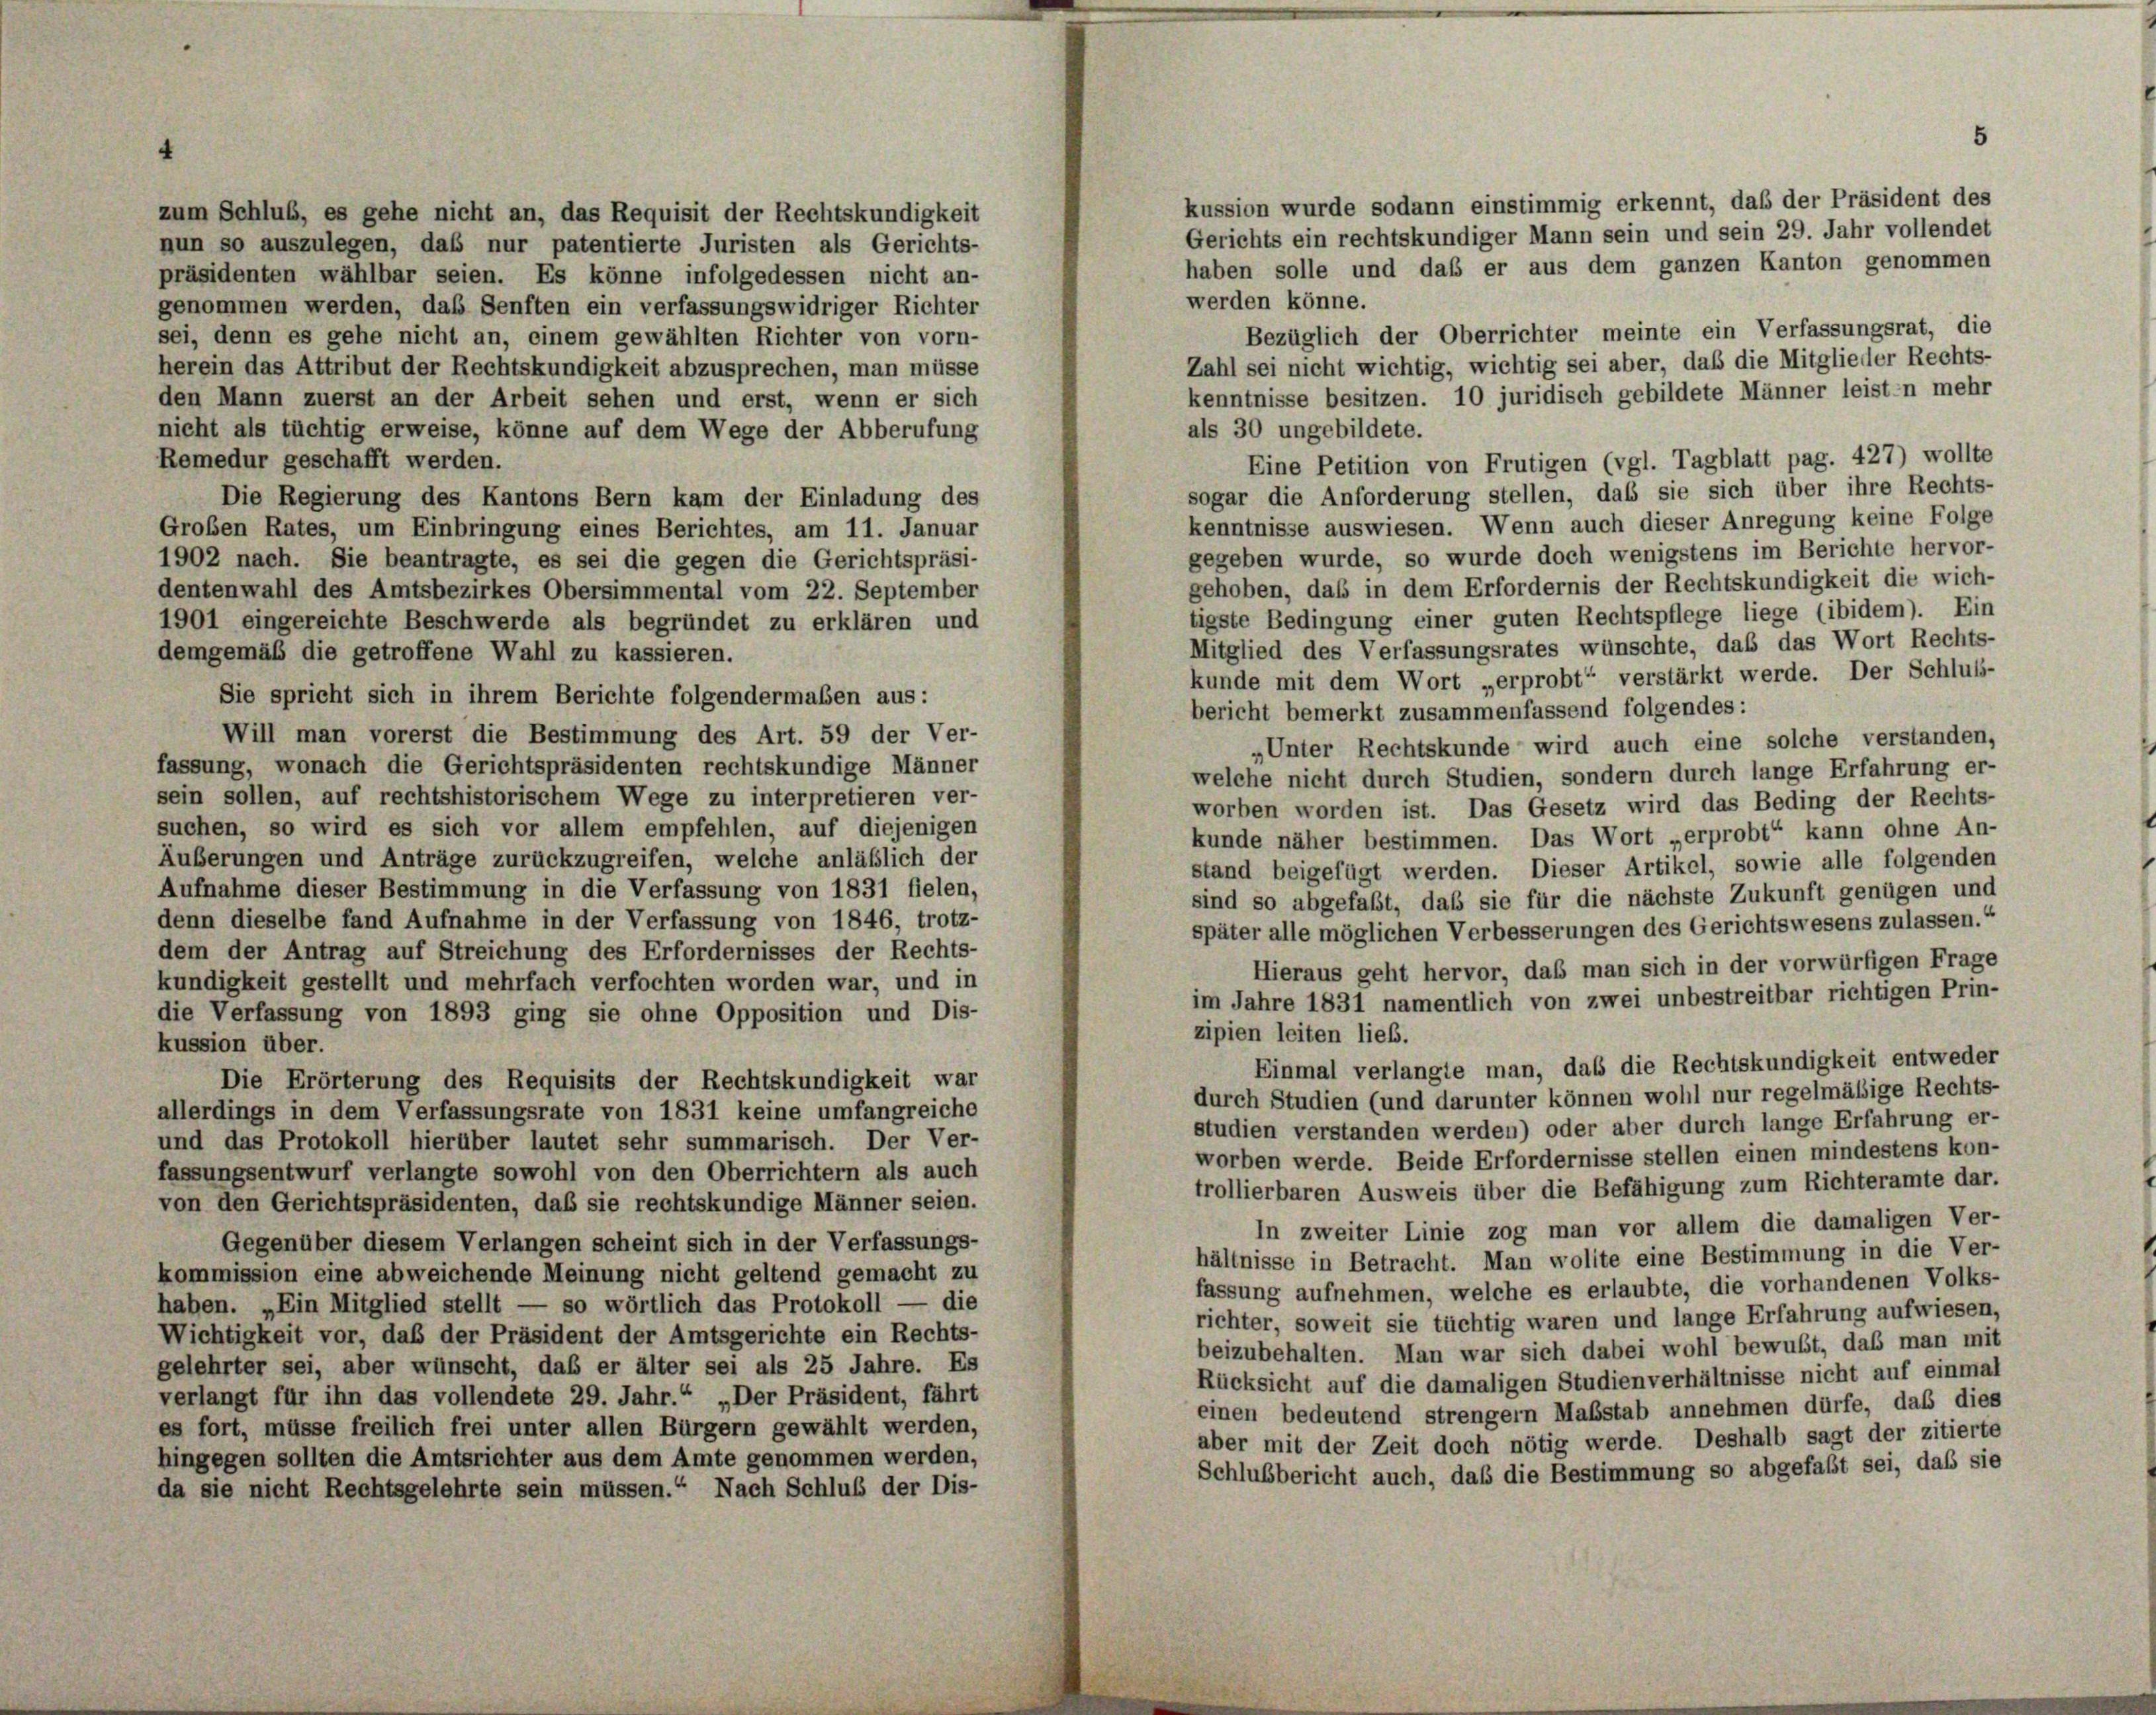
zum Schluß, es gehe nicht an, das Requisit der Rechtskundigkeit
nun so auszulegen, daß nur patentierte Juristen als Gerichts-

Gerichts ein rechtskundiger Mann sein und sein 29. Jahr vollendet
haben solle und daß er aus dem ganzen Kanton genommen
präsidenten wählbar seien. Es könne infolgedessen nicht an-
werden könne.
genommen werden, das Senften ein verfassungswidriger Richter
Bezüglich der Oberrichter meinte ein Verfassungsrat, die
sei, denn es gehe nicht an, einem gewählten Richter von vorn-
Zahl sei nicht wichtig, wichtig sei aber, daß die Mitglieder Rechts-
herein das Attribut der Rechtskundigkeit abzusprechen, man müsse
kenntnisse besitzen. 10 juridisch gebildete Männer leisten mehr
den Mann zuerst an der Arbeit sehen und erst, wenn er sich
als 30 ungebildete.
nicht als tüchtig erweise, könne auf dem Wege der Abberufung
Remedur geschafft werden.
Eine Petition von Frutigen (vgl. Tagblatt pag. 427) wollte
sogar die Anforderung stellen, daß sie sich über ihre Rechts-
Die Regierung des Kantons Bern kam der Einladung des
kenntnisse auswiesen. Wenn auch dieser Anregung keine Folge
Großen Rates, um Einbringung eines Berichtes, am 11. Januar
gegeben wurde, so wurde doch wenigstens im Berichte hervor-
1902 nach. Sie beantragte, es sei die gegen die Gerichtspräsi-
gehoben, daß in dem Erfordernis der Rechtskundigkeit die wich-
dentenwahl des Amtsbezirkes Obersimmental vom 22. September
tigste Bedingung einer guten Rechtspflege liege (ibidem). Ein
1901 eingereichte Beschwerde als begründet zu erklären und
Mitglied des Verfassungsrates wünschte, daß das Wort Rechts-
demgemäß die getroffene Wahl zu kassieren.
kunde mit dem Wort „erprobt“ verstärkt werde. Der Schluß-
Sie spricht sich in ihrem Berichte folgendermaßen aus:
bericht bemerkt zusammenfassend folgendes:
Will man vorerst die Bestimmung des Art. 59 der Ver-
„Unter Rechtskunde wird auch eine solche verstanden,
fassung, wonach die Gerichtspräsidenten rechtskundige Männer
welche nicht durch Studien, sondern durch lange Erfahrung er-
sein sollen, auf rechtshistorischem Wege zu interpretieren ver-
worben worden ist. Das Gesetz wird das Beding der Rechts-
suchen, so wird es sich vor allem empfehlen, auf diejenigen
kunde näher bestimmen. Das Wort „erprobt“ kann ohne An-
Äußerungen und Anträge zurückzugreifen, welche anläßlich der
stand beigefügt werden. Dieser Artikel, sowie alle folgenden
Aufnahme dieser Bestimmung in die Verfassung von 1831 fielen,
sind so abgefaßt, daß sie für die nächste Zukunft genügen und
denn dieselbe fand Aufnahme in der Verfassung von 1846, trotz-
später alle möglichen Verbesserungen des Gerichtswesens zulassen.“
dem der Antrag auf Streichung des Erfordernisses der Rechts-
Hieraus geht hervor, daß man sich in der vorwürfigen Frage
kundigkeit gestellt und mehrfach verfochten worden war, und in
im Jahre 1831 namentlich von zwei unbestreitbar richtigen Prin-
die Verfassung von 1893 ging sie ohne Opposition und Dis-
zipien leiten lieb.
kussion über.
Einmal verlangte man, daß die Rechtskundigkeit entweder
Die Erörterung des Requisits der Rechtskundigkeit war
durch Studien (und darunter können wohl nur regelmäßige Rechts-
allerdings in dem Verfassungsrate von 1831 keine umfangreiche
studien verstanden werden) oder aber durch lange Erfahrung er-
und das Protokoll hierüber lautet sehr summarisch. Der Ver-
worben werde. Beide Erfordernisse stellen einen mindestens kon-
fassungsentwurf verlangte sowohl von den Oberrichtern als auch
trollierbaren Ausweis über die Befähigung zum Richteramte dar.
von den Gerichtspräsidenten, daß sie rechtskundige Männer seien.
In zweiter Linie zog man vor allem die damaligen Ver-
Gegenüber diesem Verlangen scheint sich in der Verfassungs-
hältnisse in Betracht. Man wollte eine Bestimmung in die Ver-
kommission eine abweichende Meinung nicht geltend gemacht zu
fassung aufnehmen, welche es erlaubte, die vorhandenen Volks-
haben. „Ein Mitglied stellt — so wörtlich das Protokoll — die
richter, soweit sie tüchtig waren und lange Erfahrung aufwiesen,
Wichtigkeit vor, das der Präsident der Amtsgerichte ein Rechts-
beizubehalten. Man war sich dabei wohl bewußt, daß man mit
gelehrter sei, aber wünscht, daß er älter sei als 25 Jahre. Es
Rücksicht auf die damaligen Studienverhältnisse nicht auf einmal
verlangt für ihn das vollendete 29. Jahr.“ „Der Präsident, fährt
einen bedeutend strengem Maßstab annehmen dürfe, daß dies
es fort, müsse freilich frei unter allen Bürgern gewählt werden,
aber mit der Zeit doch nötig werde. Deshalb sagt der zitierte
hingegen sollten die Amtsrichter aus dem Amte genommen werden,
Schlussbericht auch, daß die Bestimmung so abgefaßt sei, daß sie
da sie nicht Rechtsgelehrte sein müssen.“ Nach Schluß der Dis-

kussion wurde sodann einstimmig erkennt, daß der Präsident des

5